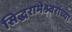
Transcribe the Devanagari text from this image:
सिद्धरामेश्र्वरांच्या